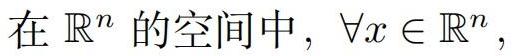
在 $\mathbb{R}^n$ 的空间中，$\forall x \in \mathbb{R}^n$,